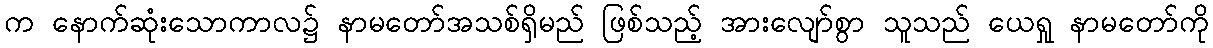
က နောက်ဆုံးသောကာလ၌ နာမတော်အသစ်ရှိမည် ဖြစ်သည့် အားလျော်စွာ သူသည် ယေရှု နာမတော်ကို